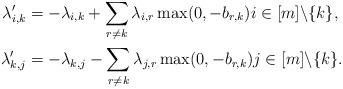
LaTeX: \begin{align*}\begin{aligned}\lambda_{i,k}' &= -\lambda_{i,k} + \sum_{r\neq k} \lambda_{i,r} \max(0,-b_{r,k}) i \in [m]\backslash \{k\},\\\lambda_{k,j}' &= -\lambda_{k,j} - \sum_{r\neq k} \lambda_{j,r} \max(0,-b_{r,k}) j \in [m]\backslash \{k\}.\end{aligned}\end{align*}